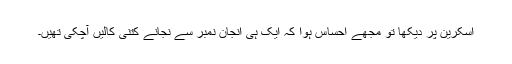
اسکرین پر دیکھا تو مجھے احساس ہوا کہ ایک ہی انجان نمبر سے نجانے کتنی کالیں آچکی تھیں۔